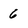
Character: 6